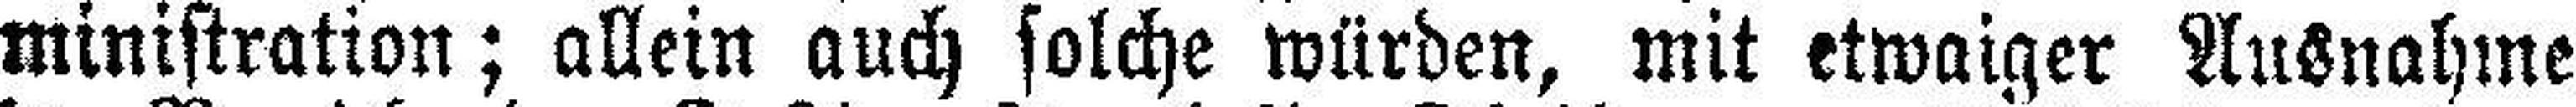
ministration; allein auch solche würden, mit etwaiger Ausnahme